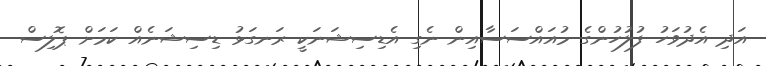
އަދި އެދުވަހު ފުލުހުންގެ މުއައްސަސާއިން ނެގި އެޑިސިޝަނަކީ ރަނގަޅު ޑިސިޝަނެއް ކަމަށް ޕޮލިސް